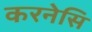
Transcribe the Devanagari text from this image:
करनेसि